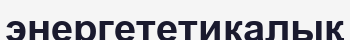
энергететикалық